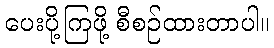
ပေးပို့ကြဖို့ စီစဉ်ထားတာပါ။